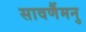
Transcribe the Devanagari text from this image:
सावर्णैमनु